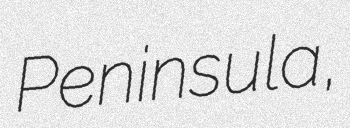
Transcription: Peninsula,